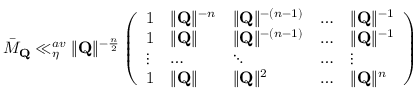
\bar { M } _ { \mathbf { Q } } \ll _ { \eta } ^ { a v } \Vert \mathbf { Q } \Vert ^ { - \frac { n } { 2 } } \left( \begin{array} { l l l l l } { 1 } & { \Vert \mathbf { Q } \Vert ^ { - n } } & { \Vert \mathbf { Q } \Vert ^ { - ( n - 1 ) } } & { \dots } & { \Vert \mathbf { Q } \Vert ^ { - 1 } } \\ { 1 } & { \Vert \mathbf { Q } \Vert } & { \Vert \mathbf { Q } \Vert ^ { - ( n - 1 ) } } & { \dots } & { \Vert \mathbf { Q } \Vert ^ { - 1 } } \\ { \vdots } & { \dots } & { \ddots } & { \dots } & { \vdots } \\ { 1 } & { \Vert \mathbf { Q } \Vert } & { \Vert \mathbf { Q } \Vert ^ { 2 } } & { \dots } & { \Vert \mathbf { Q } \Vert ^ { n } } \end{array} \right)